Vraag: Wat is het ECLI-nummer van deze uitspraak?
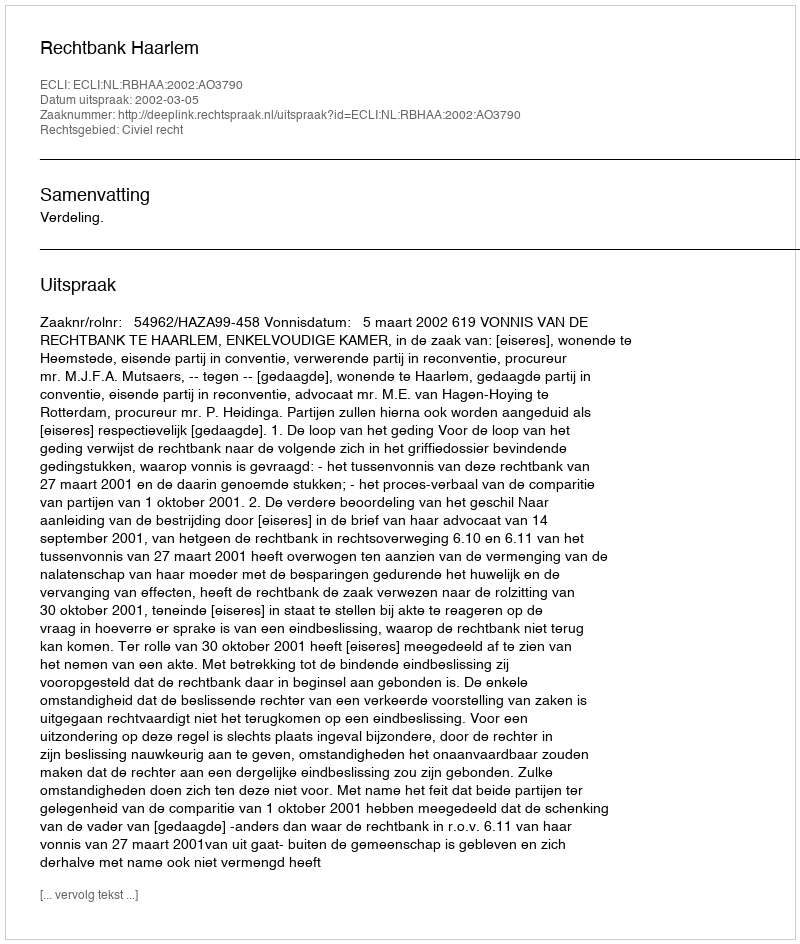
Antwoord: ECLI:NL:RBHAA:2002:AO3790